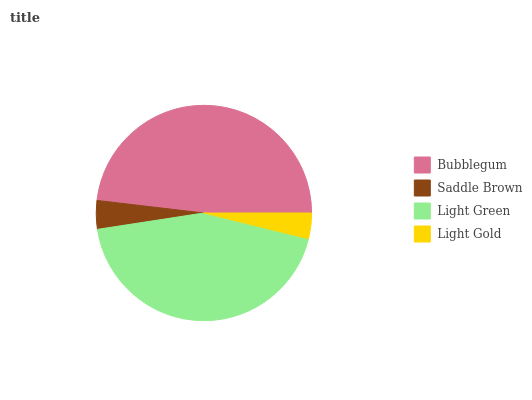
| Bubblegum | Saddle Brown | Light Green | Light Gold |
 | --- | --- | --- | --- |
 | 48.1% | 4.28% | 43.8% | 3.85% |